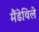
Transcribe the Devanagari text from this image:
मैंडेविले